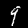
Digit: 9